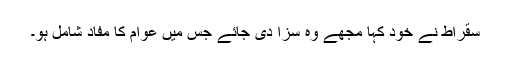
سقراط نے خود کہا مجھے وہ سزا دی جائے جس میں عوام کا مفاد شامل ہو۔